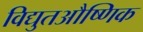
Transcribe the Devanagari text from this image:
विद्युतऔष्णिक